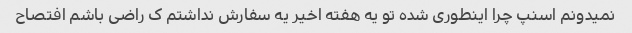
نمیدونم اسنپ چرا اینطوری شده تو یه هفته اخیر یه سفارش نداشتم ک راضی باشم افتصاح